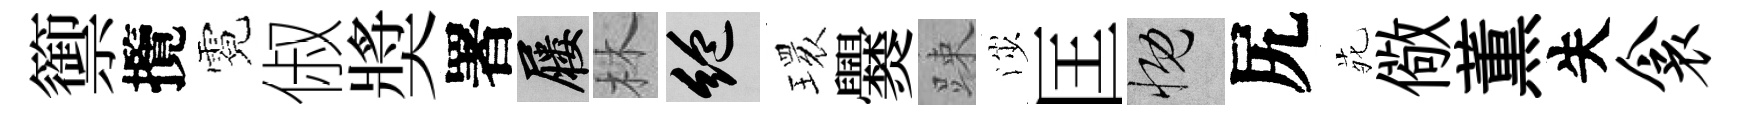
籞攬霓俶奬署屨林絶𤨔爨踈渉匡慨尻𫟍儆薫失衾